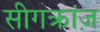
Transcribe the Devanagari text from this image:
सीगक्रांज़